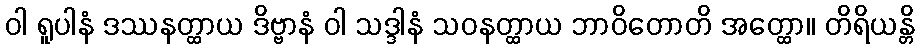
ဝါ ရူပါနံ ဒဿနတ္ထာယ ဒိဗ္ဗာနံ ဝါ သဒ္ဒါနံ သဝနတ္ထာယ ဘာဝိတောတိ အတ္ထော။ တိရိယန္တိ